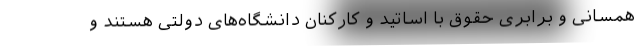
همسانی و برابری حقوق با اساتید و کارکنان دانشگاه‌های دولتی هستند و